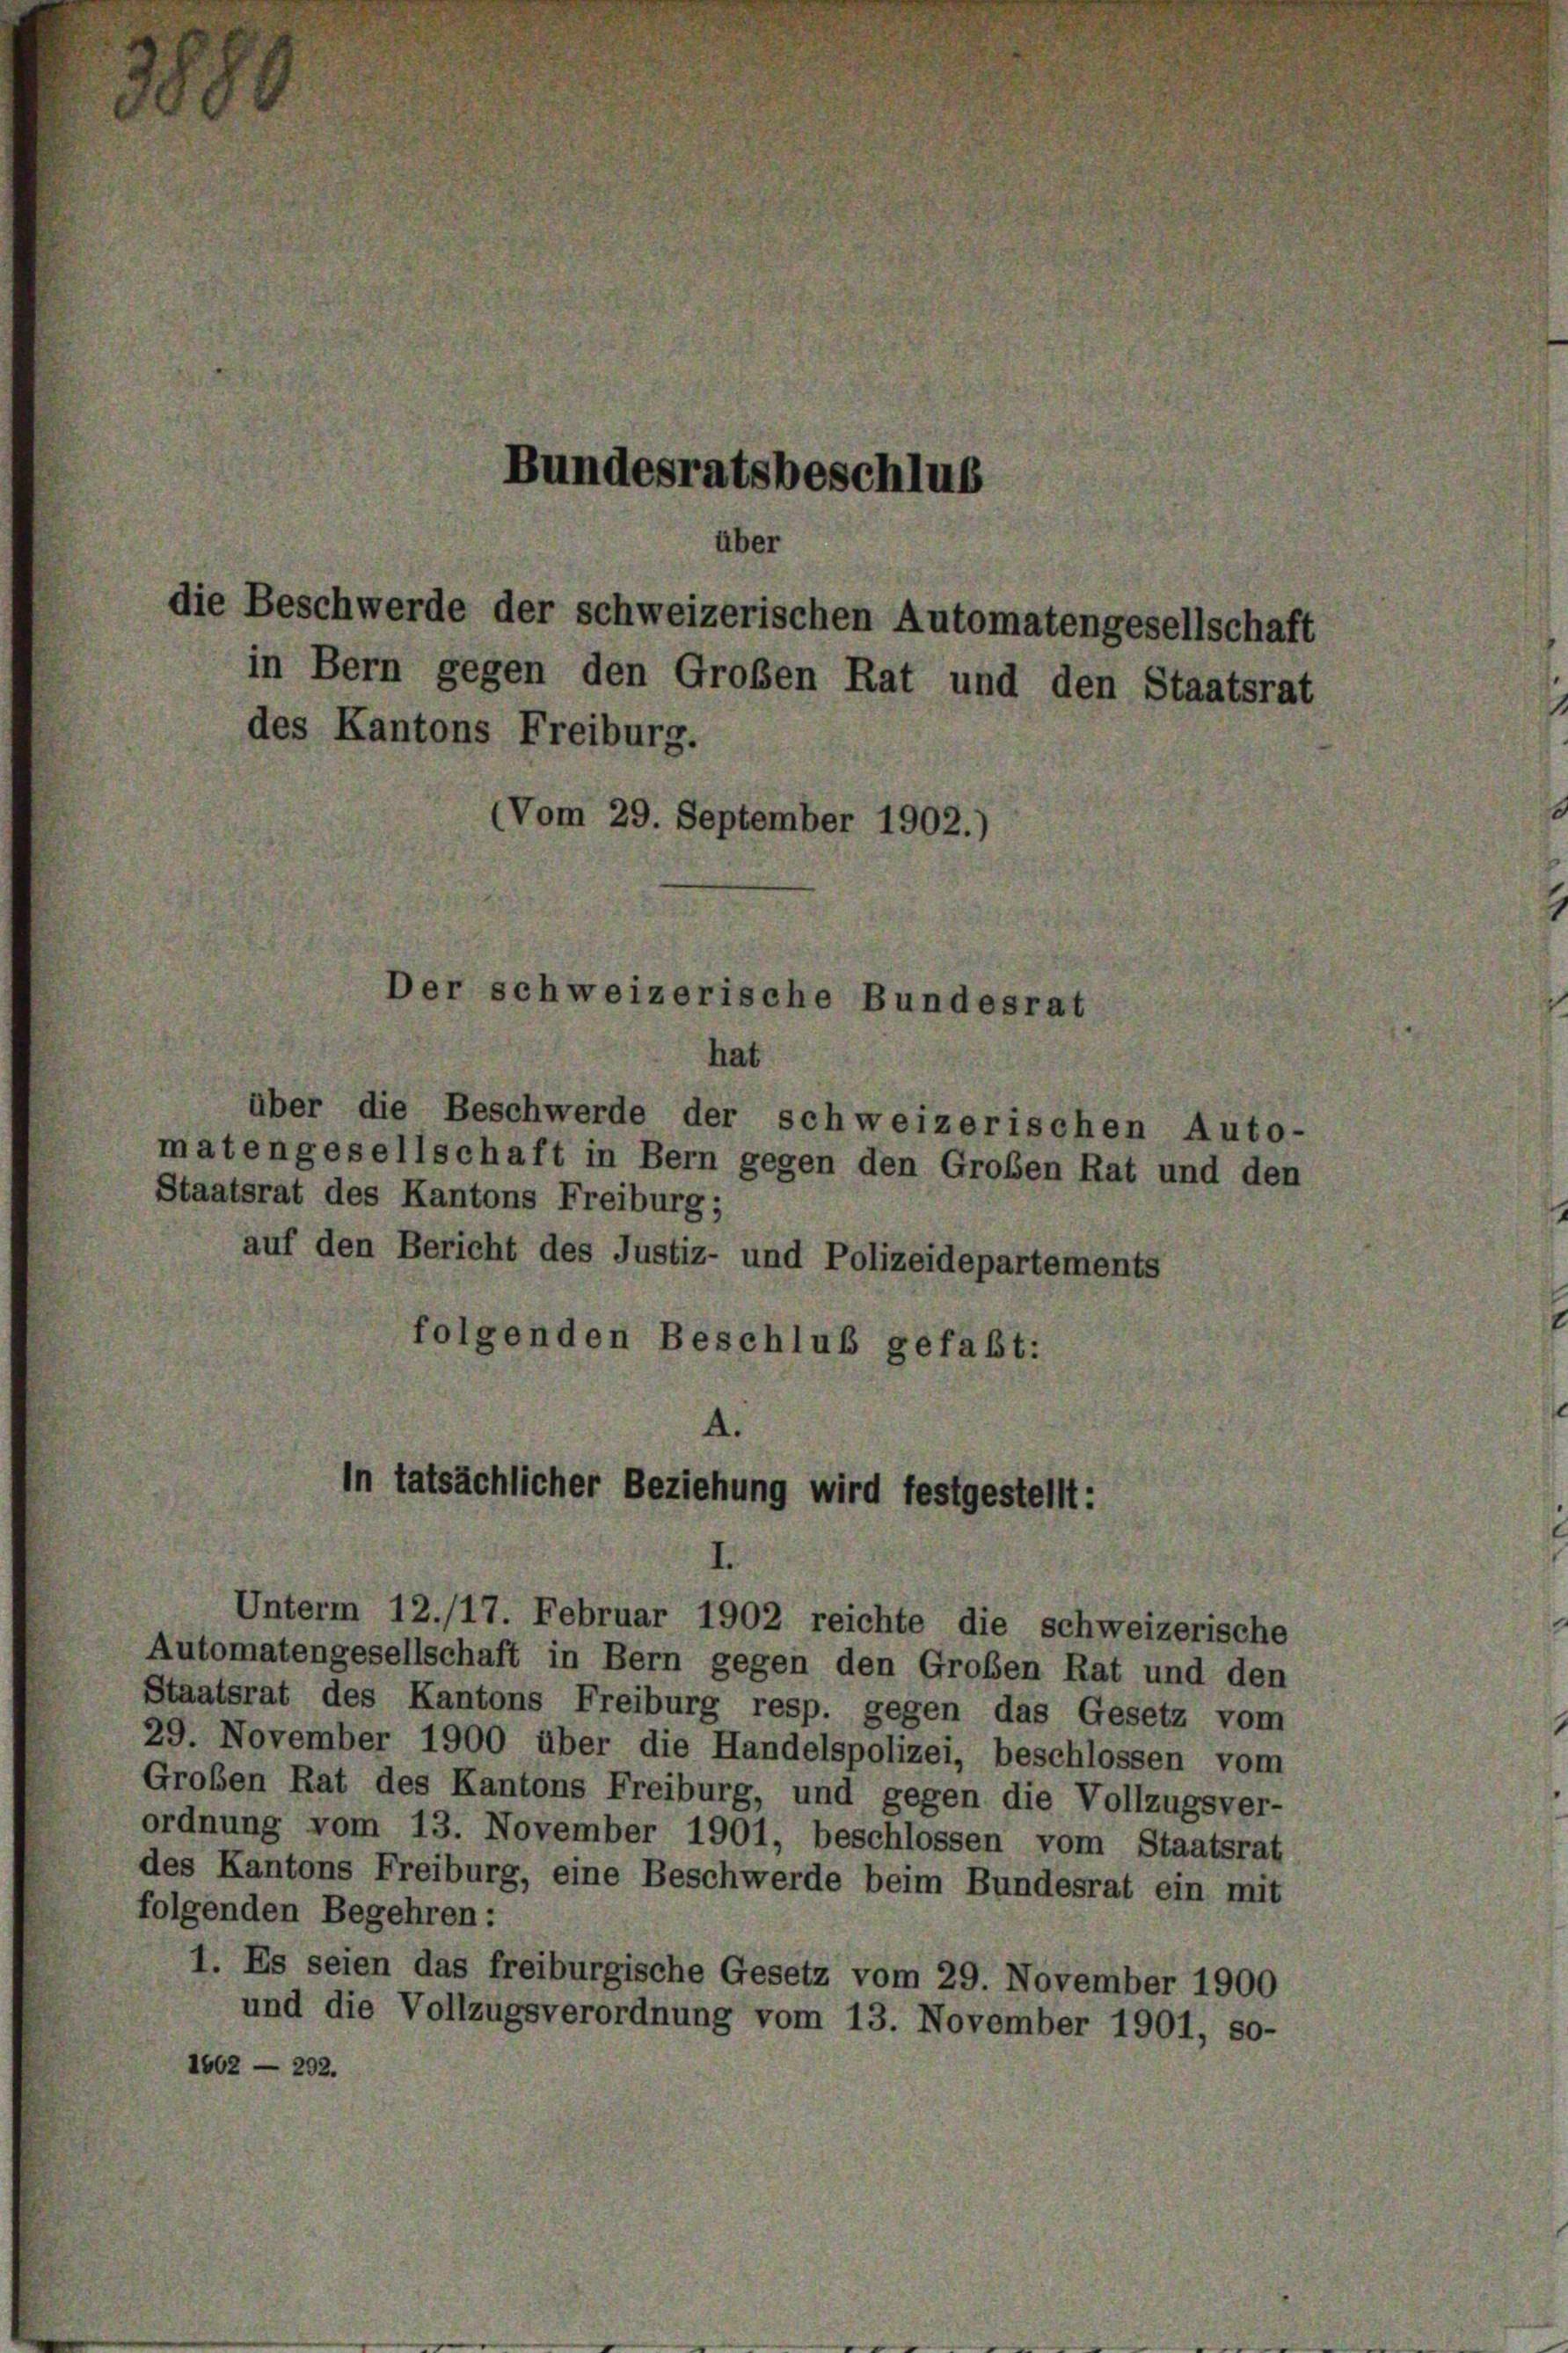
Bundesratsbeschlus
über
die Beschwerde der schweizerischen Automatengesellschaft
in Bern gegen den Großen Rat und den Staatsrat
des Kantons Freiburg.
Vom 29. September 1902.)

hat
über die Beschwerde der schweizerischen Auto-
matengesellschaft in Bern gegen den Großen Rat und den
Staatsrat des Kantons Freiburg;
auf den Bericht des Justiz- und Polizeidepartements
folgenden Beschluß gefaßt:

Automatengesellschaft in Bern gegen den Großen Rat und den
Staatsrat des Kantons Freiburg resp. gegen das Gesetz vom
29. November 1900 über die Handelspolizei, beschlossen vom
Großen Rat des Kantons Freiburg, und gegen die Vollzugsver-
ordnung vom 13. November 1901, beschlossen vom Staatsrat
des Kantons Freiburg, eine Beschwerde beim Bundesrat ein mit
folgenden Begehren:
1. Es seien das freiburgische Gesetz vom 29. November 1900
und die Vollzugsverordnung vom 13. November 1901, so-
1662 — 292.

Der schweizerische Bundesrat

In tatsächlicher Beziehung wird festgestellt:

Unterm 12./17. Februar 1902 reichte die schweizerische